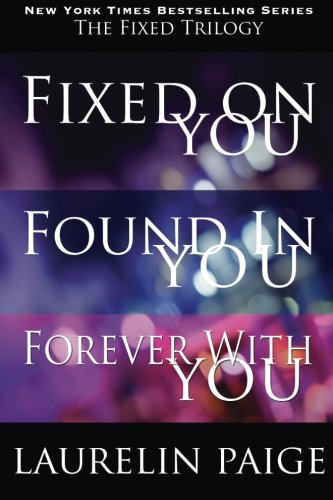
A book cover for The Fixed Trilogy; Laurelin Paige; Romance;